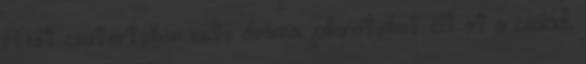
Múlt csütörtökön este drámai pillanatokat élt át a család,